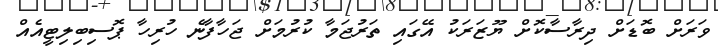
ވަރަށް ބޮޑަށް ދިރާސާކޮށް ޔޫޒަރަކު އޭގައި ތަރުޖަމާ ކުރުމަށް ޖަހާފާނެ ހުރިހާ ޕޮސިބިލިޓީއެއް